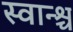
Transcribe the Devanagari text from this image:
स्वान्श्च